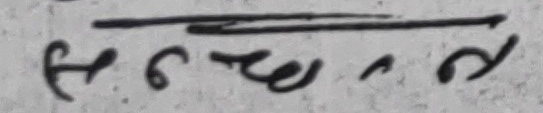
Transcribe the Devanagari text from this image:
सेन्नछैन